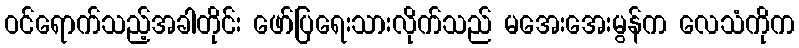
ဝင်ရောက်သည့်အခါတိုင်း ဖော်ပြရေးသားလိုက်သည် မအေးအေးမွန်က လေသံကိုက